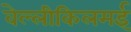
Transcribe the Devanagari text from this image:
वेल्लीकिलमई